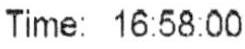
TIME: 16:58:00